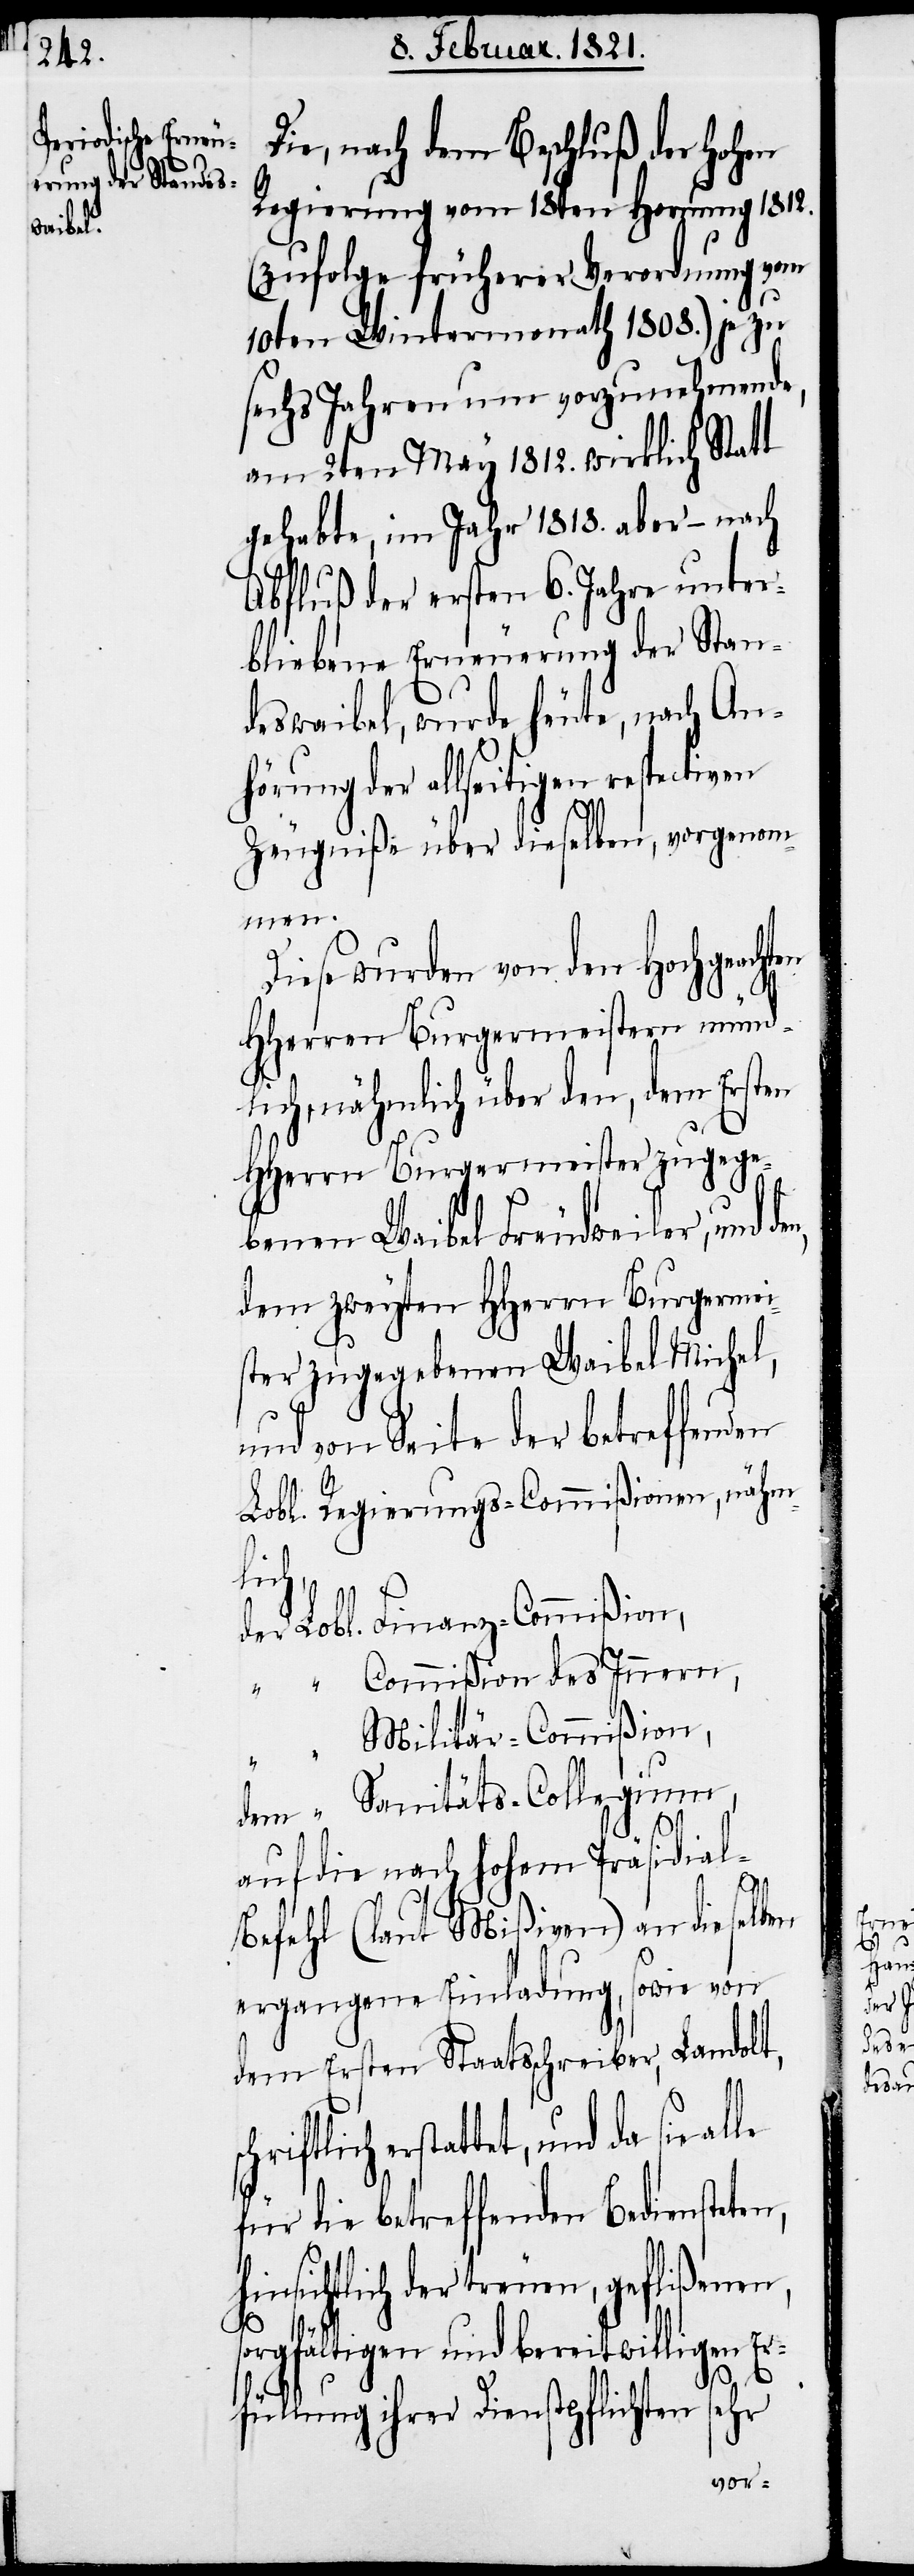
Die, nach dem Beschluß der hohen
Regierung vom 18ten Hornung 1812.
(zufolge früherer Verordnung vom
10ten Wintermonath 1808.) je zu
sechs Jahren um vorzunehmende,
am 2ten März 1812. wirklich Statt
gehabte, im Jahr 1818. aber – nach
Abfluß der ersten 6. Jahre unter¬
bliebene Erneuerung der Stan¬
deswaibel, wurde heute, nach An¬
hörung der allseitigen respectiven
Zeugniße über dieselben, vorgenom¬
men.
Diese wurden von den Hochgeacht¬
HHerren Burgermeistern münd¬
lich, nähmlich über den, dem Ersten
HHerrn Burgermeister zugege¬
benen Waibel Freudweiler, und
dem zweyten HHerrn Burgermei¬
ster zugegebenen Waibel Michel,
und von Seite der betreffenden
Lobl. Regierungs-Commißionen, nähm¬
lich,
der Lobl. 	Finanz-Commißion,
“	“	Commißion des Innern,
ilitär-Commißion,
dem	“	Sanitäts-Collegium,
en
auf die nach hohem Präsidia¬
“	“	M¬
l-Befehl (laut Mißiven) an dieselben
ergangene Einladung, sowie von
dem Ersten Staatsschreiber, Landolt,
erstattet, und da sie
für die betreffenden Bediensteten,
hinsichtlich der treuen, geflißenen,
sorgfältigen und bereitwilligen Er¬
füllung ihrer Dienstpflichten sehr